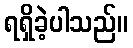
ရရှိခဲ့ပါသည်။